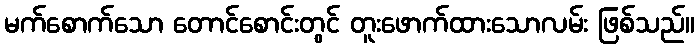
မက်စောက်သော တောင်စောင်းတွင် တူးဖောက်ထားသောလမ်း ဖြစ်သည်။